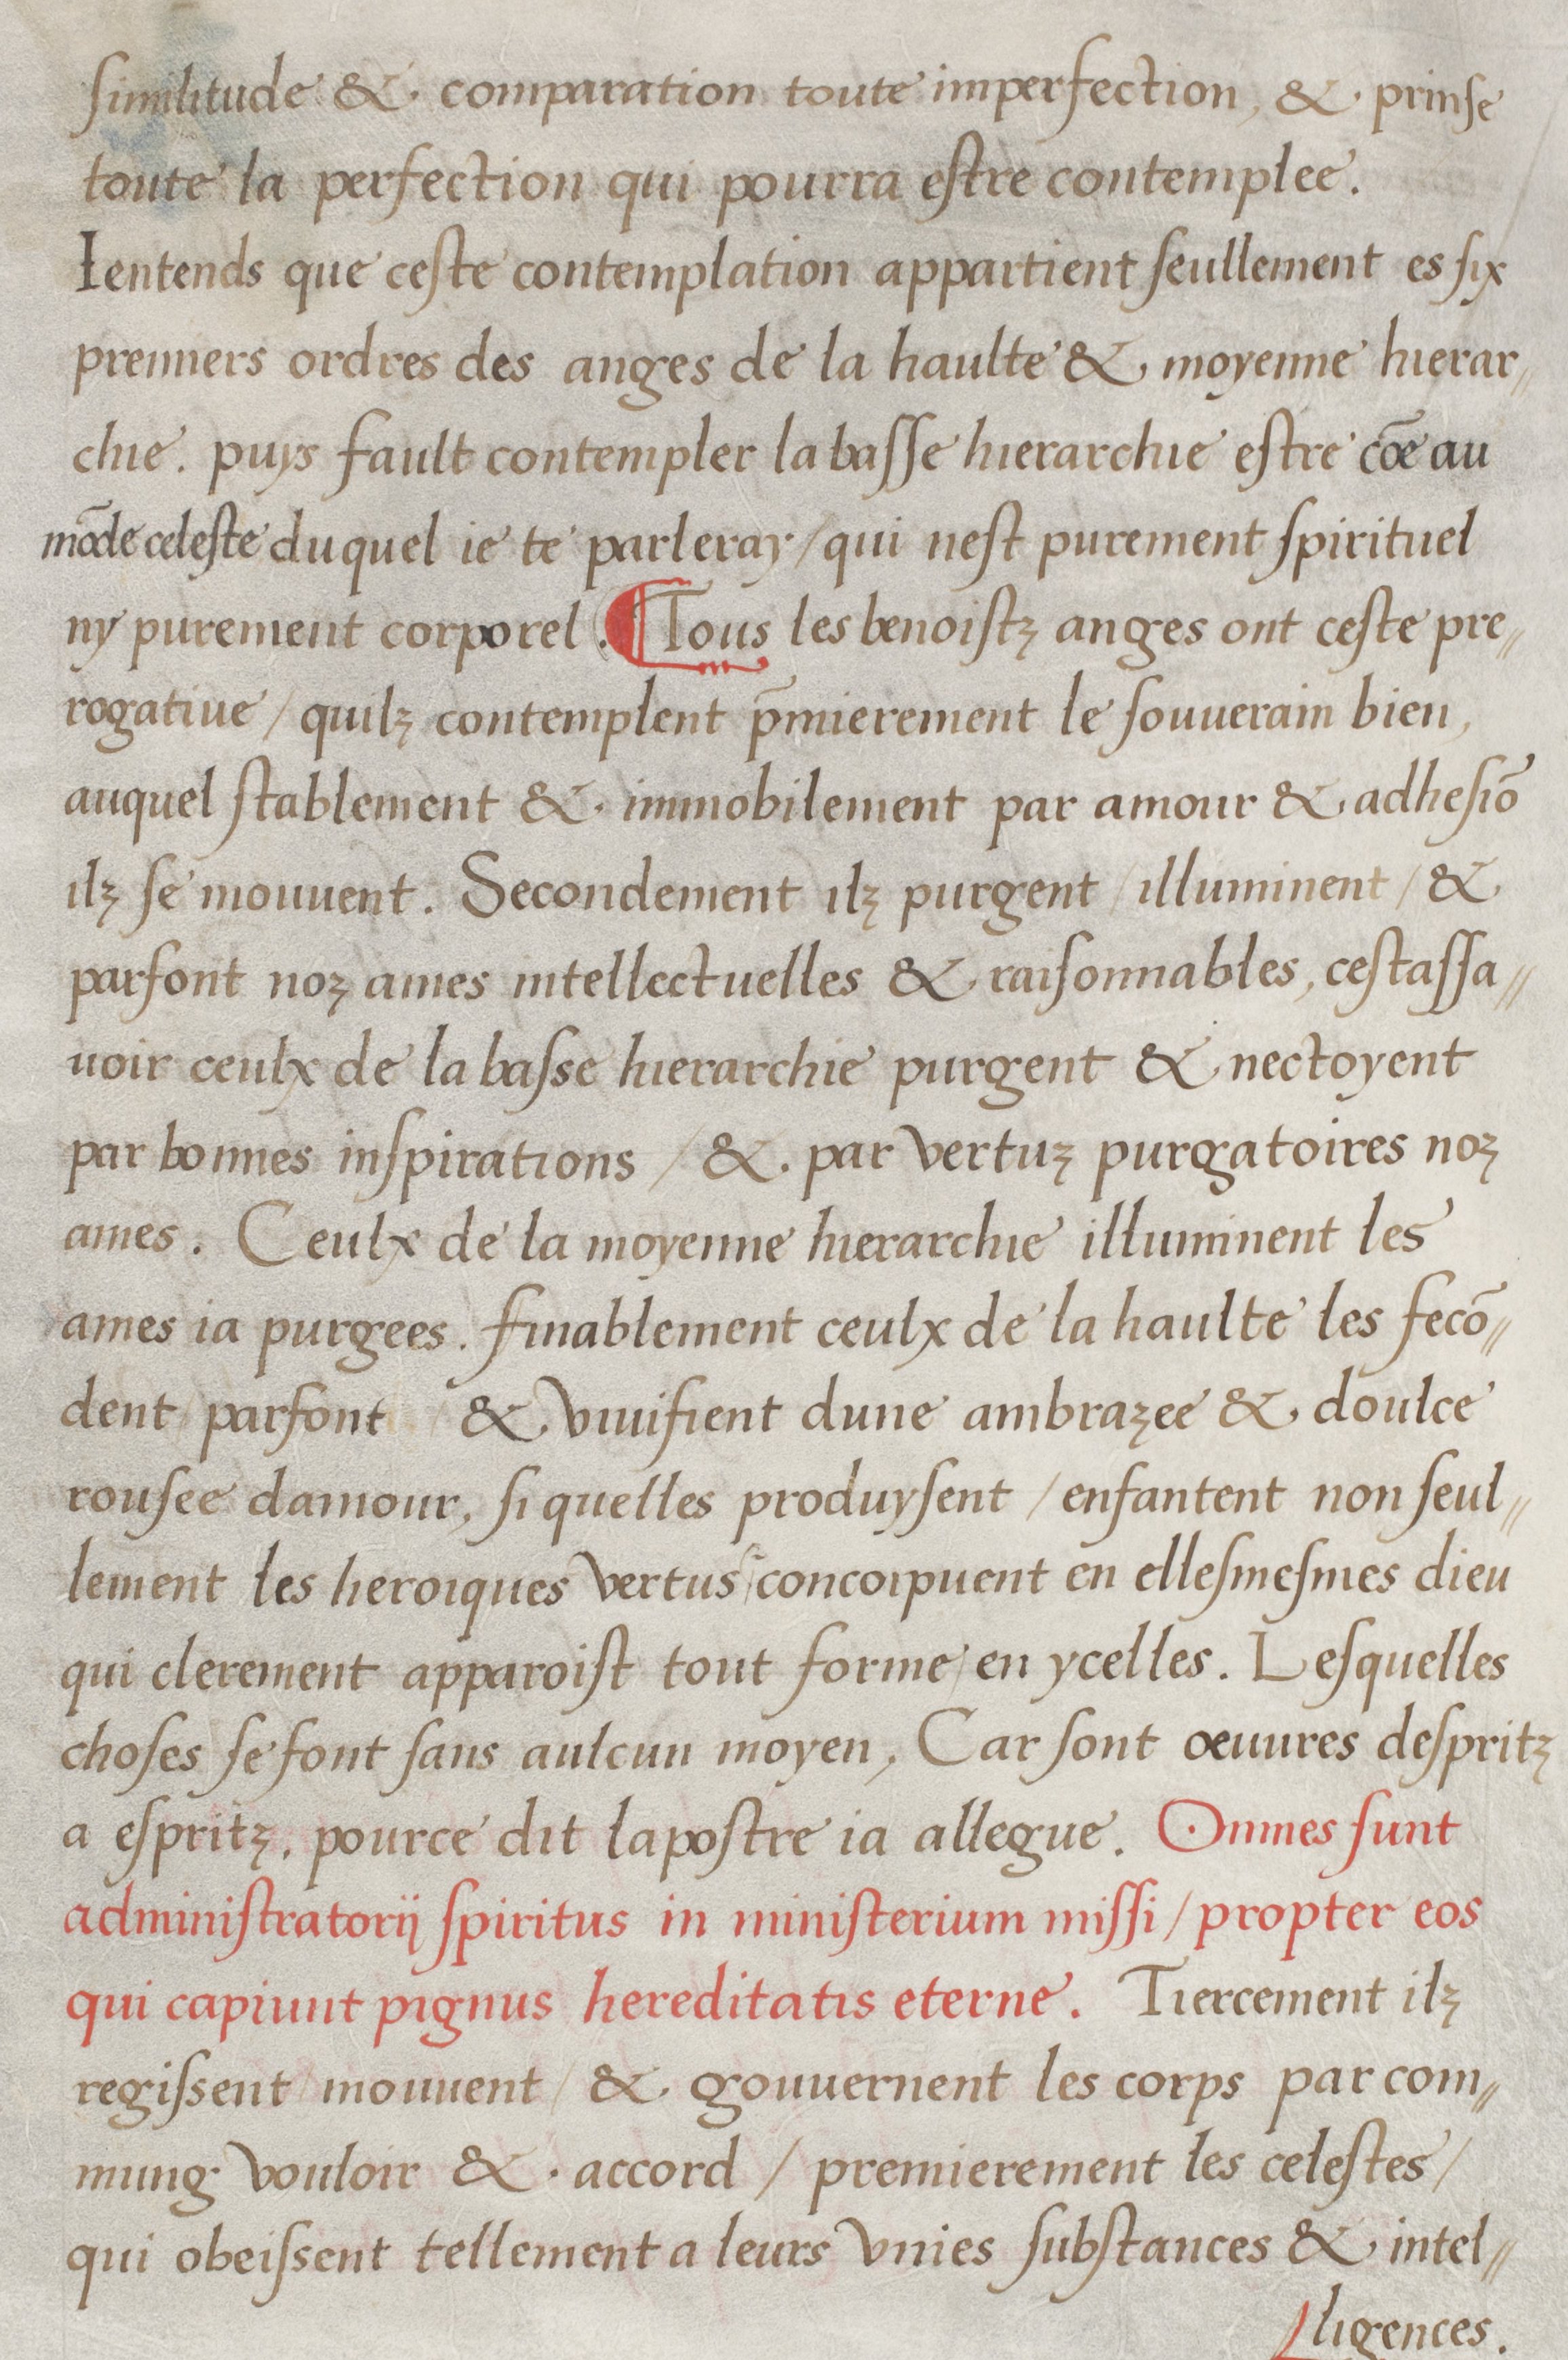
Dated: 1536–1536